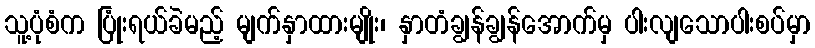
သူ့ပုံစံက ပြုံးရယ်ခဲမည့် မျက်နှာထားမျိုး၊ နှာတံချွန်ချွန်အောက်မှ ပါးလျသောပါးစပ်မှာ